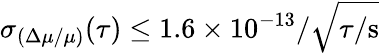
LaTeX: \sigma_{(\Delta\mu/\mu)}(\tau)\le 1.6\times 10^{-13}/\sqrt{\tau/\mathrm{s}}